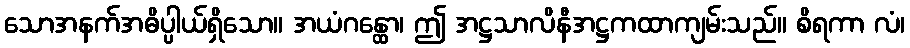
သောအနက်အဓိပ္ပါယ်ရှိသော။ အယံဂန္ထော၊ ဤ အဋ္ဌသာလိနီအဋ္ဌကထာကျမ်းသည်။ စိရကာ လံ၊